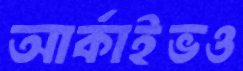
আর্কাইভও